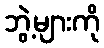
ဘွဲ့များကို